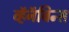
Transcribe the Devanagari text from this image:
व्हॅनॅबिन्स